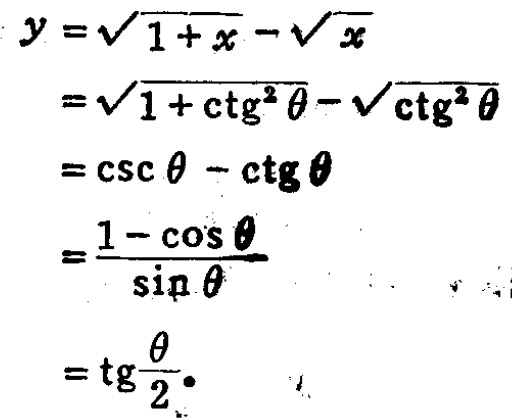
\[

\begin{align*}

y&=\sqrt{1 + x}-\sqrt{x}\\

&=\sqrt{1+\mathrm{ctg}^{2}\theta}-\sqrt{\mathrm{ctg}^{2}\theta}\\

&=\mathrm{csc}\theta-\mathrm{ctg}\theta\\

&=\frac{1 - \cos\theta}{\sin\theta}\\

&=\mathrm{tg}\frac{\theta}{2}

\end{align*}

\]